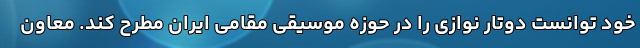
خود توانست دوتار نوازی را در حوزه موسیقی مقامی ایران مطرح کند. معاون